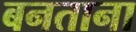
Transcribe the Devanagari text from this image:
बनताना